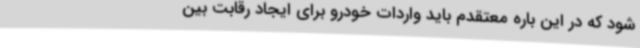
شود که در این باره معتقدم باید واردات خودرو برای ایجاد رقابت بین